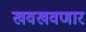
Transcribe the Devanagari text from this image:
खवखवणार